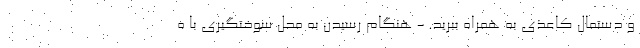
و دستمال کاعذی به همراه ببرید. - هنگام رسیدن به محل سوختگیری با ه